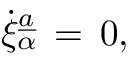
\dot { \xi } _ { \alpha } \sp { \underline { { { a } } } } \, = \, 0 ,